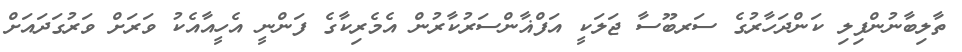
ތާލިބާނުންފިލި ކަންދަހާރުގެ ސަރބޫސާ ޖަލަކީ އަފްޣާންސަރުކާރުން އެމެރިކާގެ ފަންނީ އެހީއާއެކު ވަރަށް ވަރުގަދައަށް